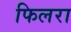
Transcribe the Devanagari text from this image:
फिलरा